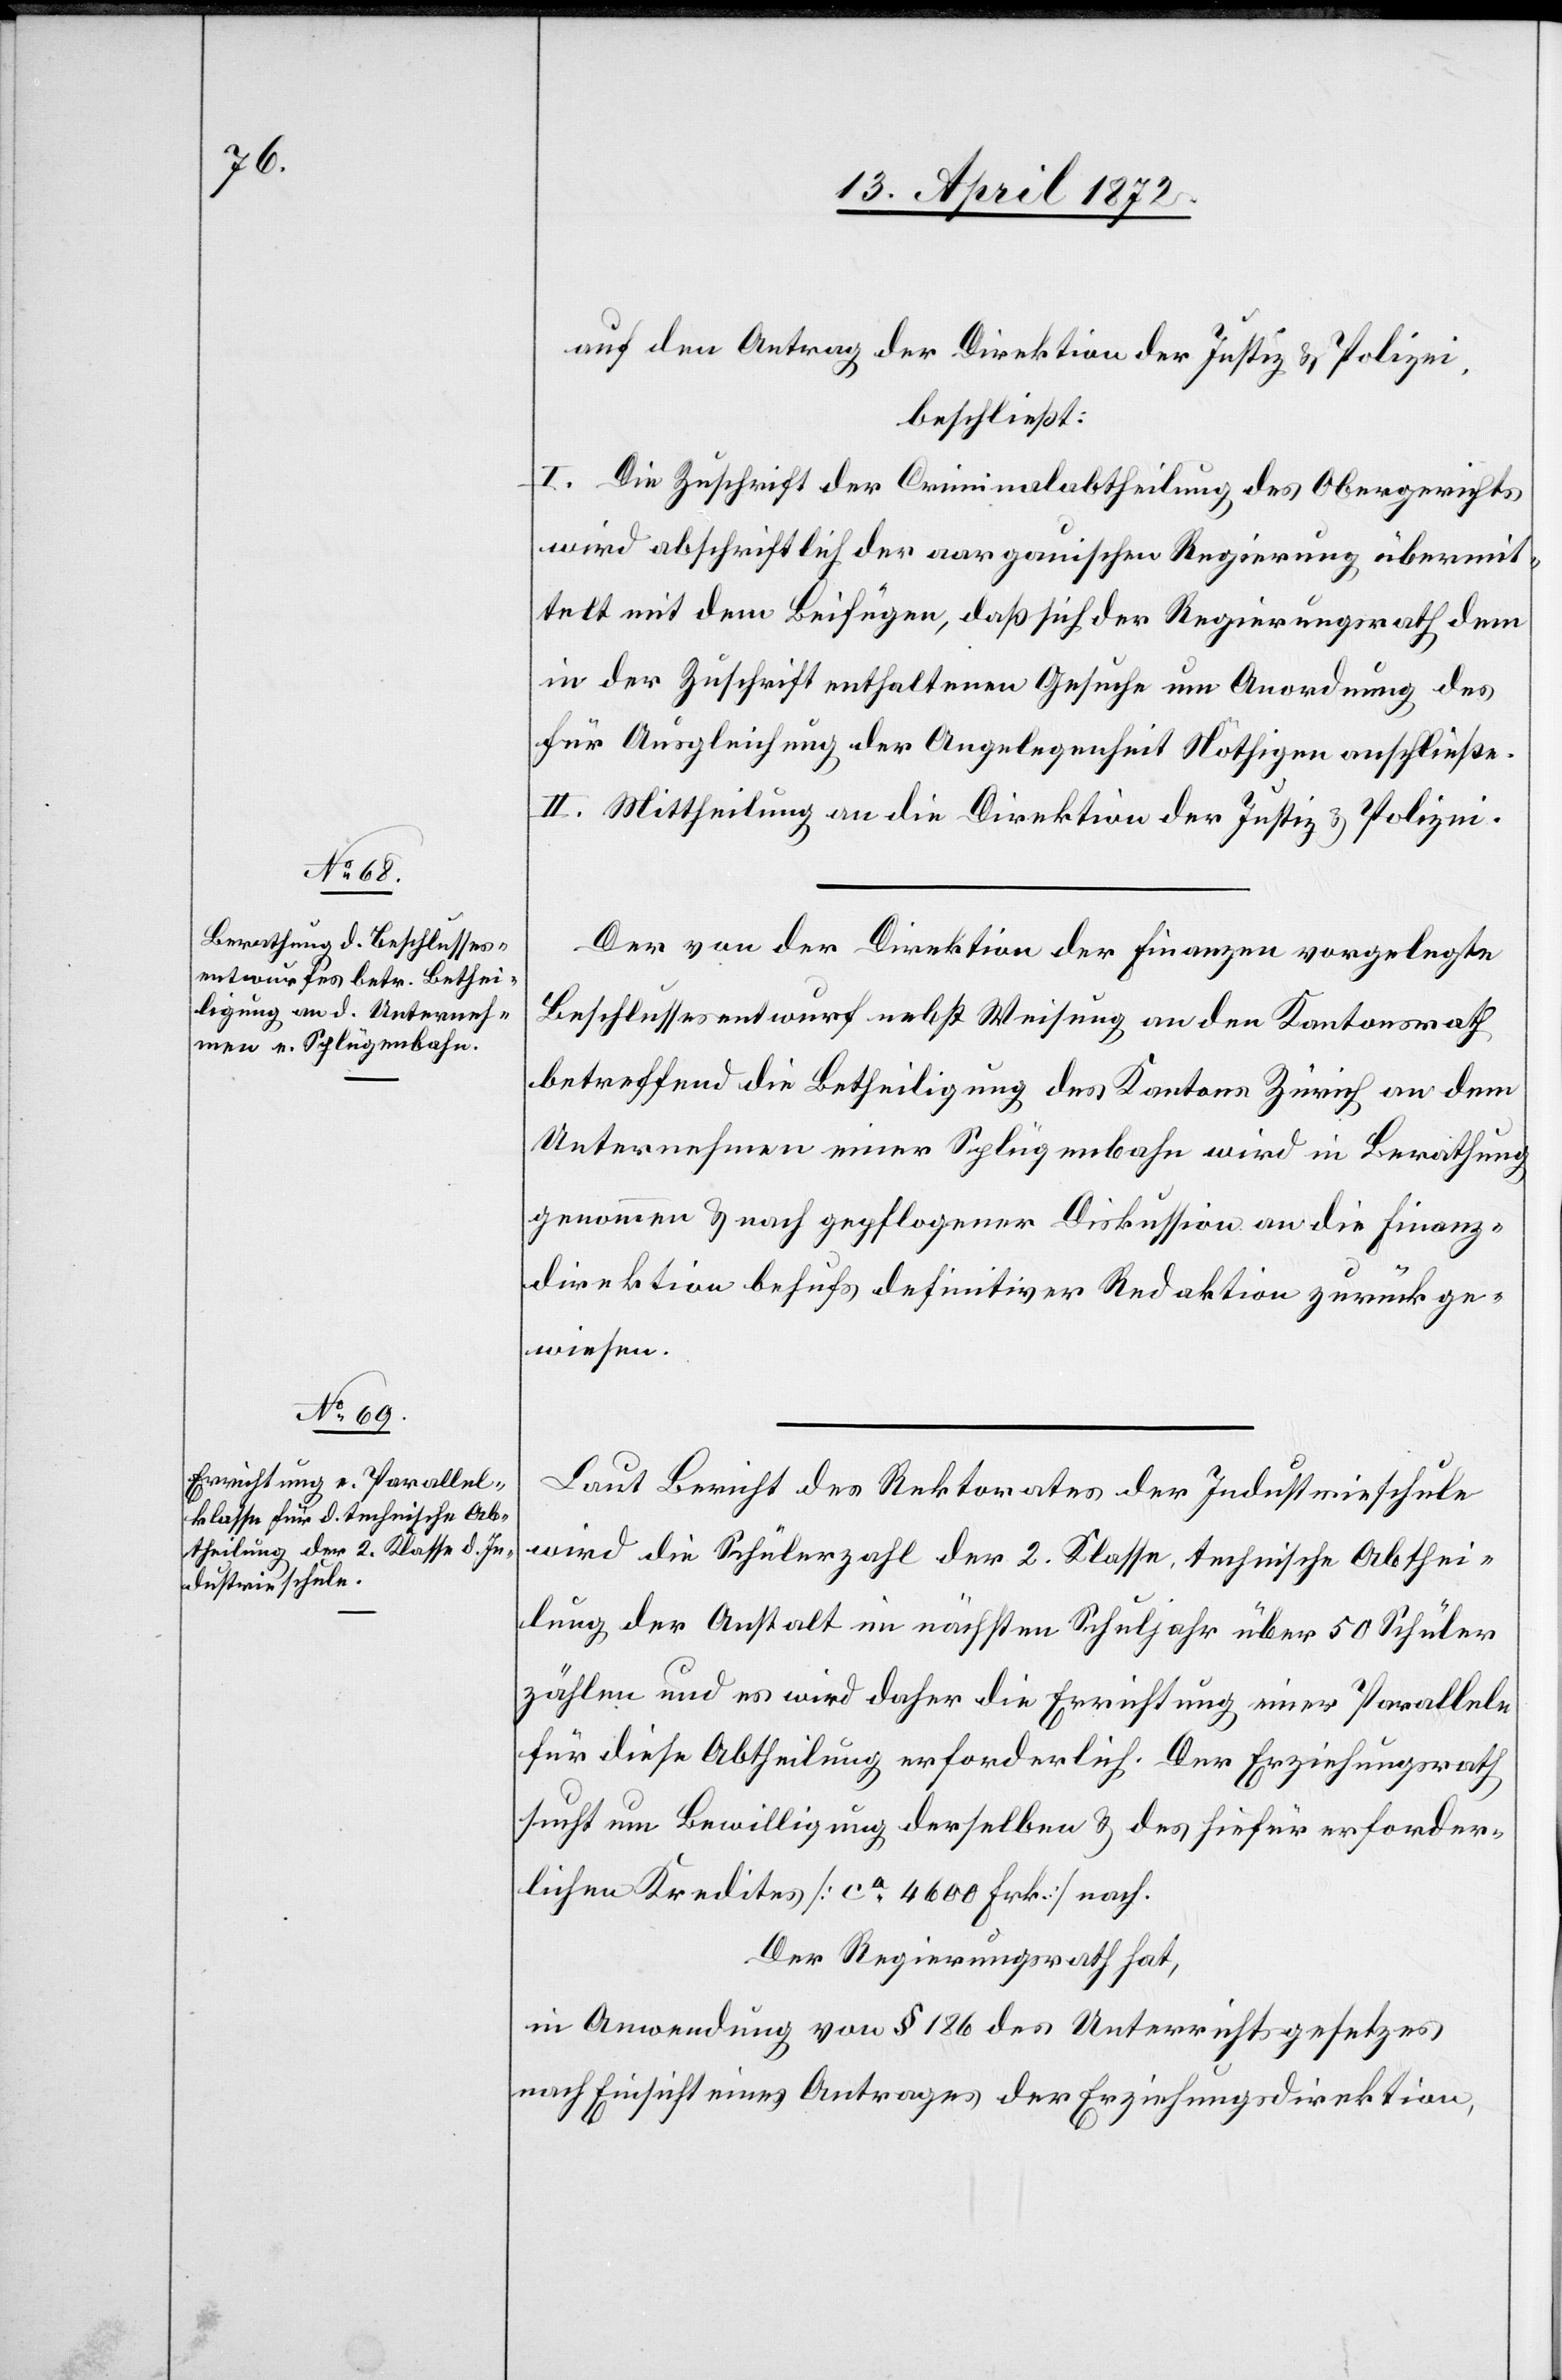
auf den Antrag der Direktion der Justiz u. Polizei,
beschließt:
I. Die Zuschrift der Criminalabtheilung des Obergerichts
wird abschriftlich der aargauischen Regierung übermit¬
telt mit dem Beifügen, daß sich der Regierungsrath dem
in der Zuschrift enthaltenen Gesuche um Anordnung des
für Ausgleichung der Angelegenheit Nöthigen anschließe.
II. Mittheilung an die Direktion der Justiz u. Polizei.
Der von der Direktion der Finanzen vorgelegte
Beschlussesentwurf nebst Weisung an den Kantonsrath
betreffend die Betheiligung des Kantons Zürich an dem
Unternehmen einer Splügenbahn wird in Berathung
genommen u. nach gepflogener Diskussion an die Finanz¬
direktion behufs definitiver Redaktion zurückge¬
wiesen.
Laut Bericht des Rektorates der Industrieschule
wird die Schülerzahl der 2. Klasse, technische Abthei¬
lung der Anstalt im nächsten Schuljahr über 50 Schüler
zählen und es wird daher die Errichtung einer Parallele
für diese Abtheilung erforderlich. Der Erziehungsrath
sucht um Bewilligung derselben u. des hiefür erforder¬
lichen Kredites [ca 4600 Frk.] nach.
Der Regierungsrath hat,
in Anwendung von § 186 des Unterrichtsgesetzes
nach Einsicht eines Antrages der Erziehungsdirektion,